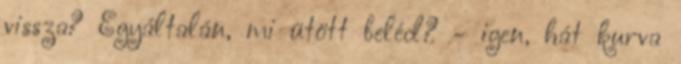
vissza? Egyáltalán, mi ütött beléd? - igen, hát kurva